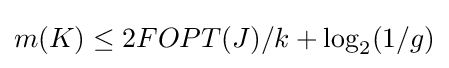
m(K)\leq 2FOPT(J)/k+\log _{2}(1/g)